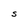
Character: S